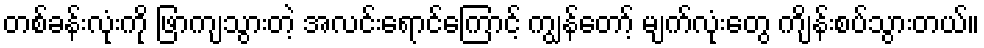
တစ်ခန်းလုံးကို ဖြာကျသွားတဲ့ အလင်းရောင်ကြောင့် ကျွန်တော့် မျက်လုံးတွေ ကျိန်းစပ်သွားတယ်။